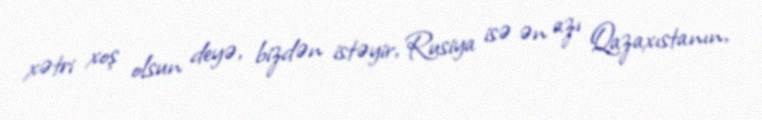
xətri xoş olsun deyə, bizdən istəyir, Rusiya isə ən azı Qazaxıstanın,